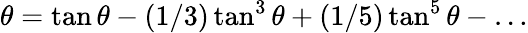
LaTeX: \theta=\tan\theta-(1/3)\tan^{3}\theta+(1/5)\tan^{5}\theta-\ldots